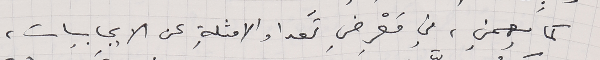
كما يهمني، في مَعْرِضِ تعداد الامثلةِ عن الايجابيات،